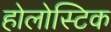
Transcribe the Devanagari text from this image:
होलोस्टिक